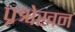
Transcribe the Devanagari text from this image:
प्रश्वेखन